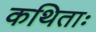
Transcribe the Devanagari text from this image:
कथिताः